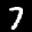
Label: 7